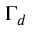
\Gamma _ { d }